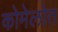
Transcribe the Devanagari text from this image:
कोमेलोत